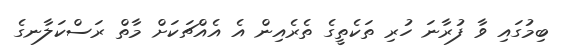
ބިމުގައި ވާ ފުރާނަ ހުރި ތަކެތީގެ ތެރެއިން އެ އެއްޗަކަށް މާތް ރަސްކަލާނގެ